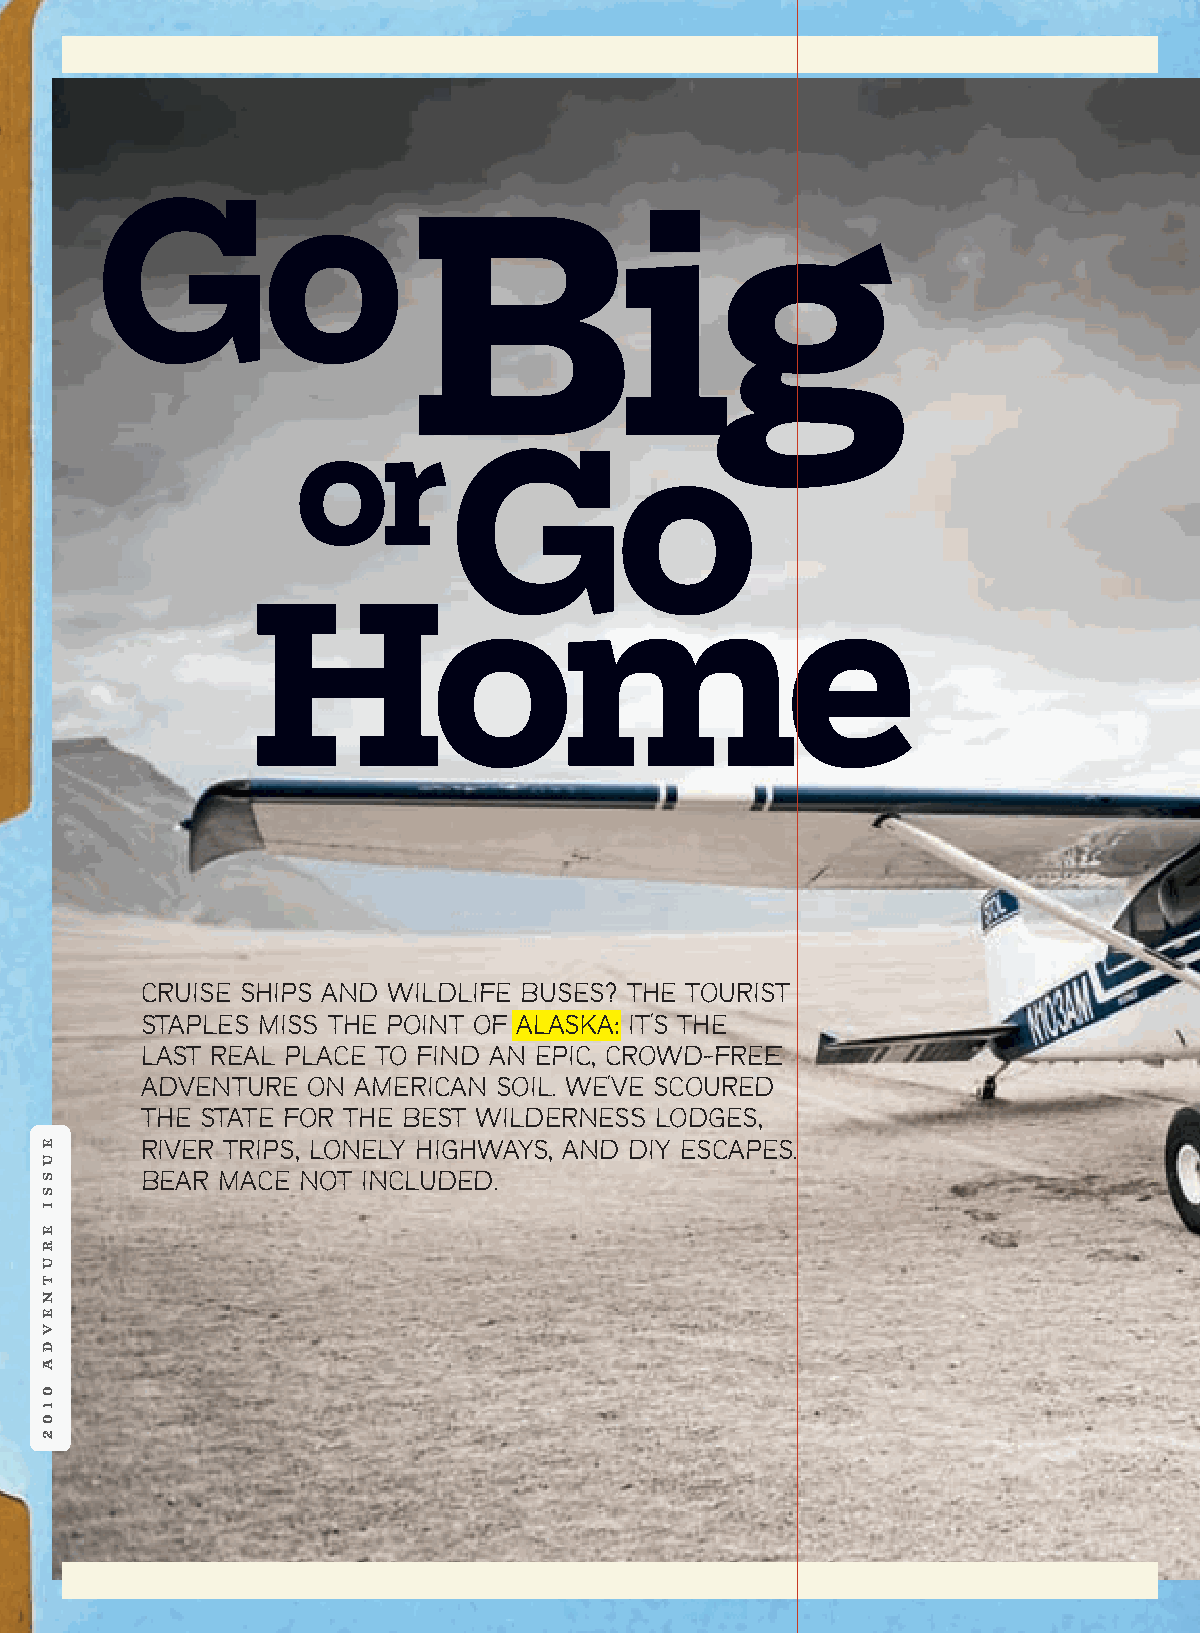
0410_Alaska_final.qxp_0217:Feature 3/8/10 12:07 PM Page 98
 Go
 Big
 or
 Go
 Home
 CRUISE SHIPS AND WILDLIFE BUSES? THE TOURIST
 STAPLES MISS THE POINT OF ALASKA: IT'S THE
 LAST REAL PLACE TO FIND AN EPIC, CROWD—FREE
 ADVENTURE  ON  AMERICAN SOIL. WE'VE SCOURED
 THE STATE FOR THE BEST WILDERNESS LODGES,
 RIVER TRIPS, LONELY HIGHWAYS, AND DIY ESCAPES.
 BEAR  MACE NOT INCLUDED.
 EUSSI
 ERUTNEVDA
 0102